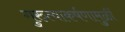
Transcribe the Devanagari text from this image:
गुरुत्वाकर्षणामुळीं